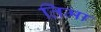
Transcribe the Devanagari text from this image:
तिमा